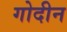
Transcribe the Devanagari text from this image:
गोदीन